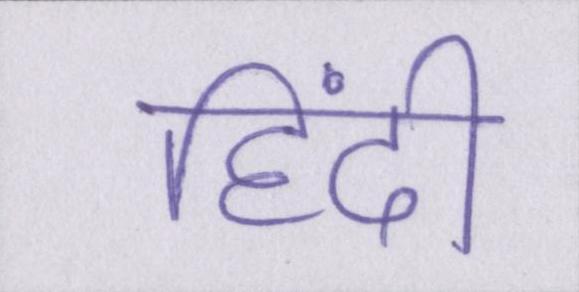
हिंदी